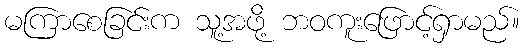
မကြာစေခြင်းက သူ့အဖို့ ဘဝကူးဖြောင့်ရှာမည်။